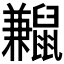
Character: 𪕼